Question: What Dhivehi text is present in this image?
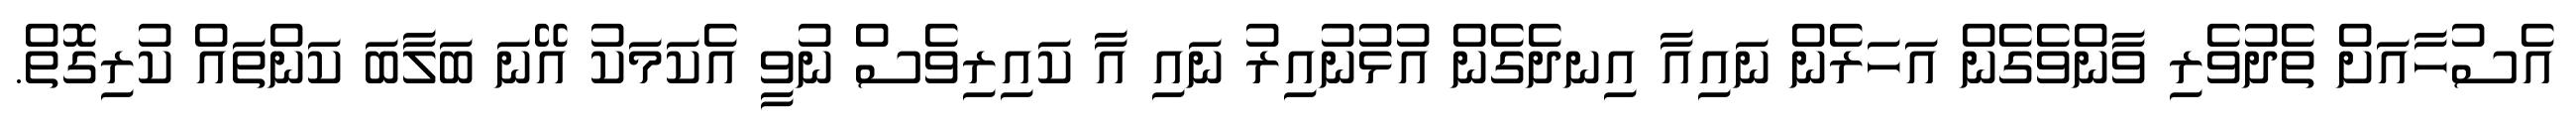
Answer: އެސުހާއަށް ތެދުވެރި ވާންވެގެން އަހަރެން ނައިއާ އިނދެގެން އުޅުނުއިރު ނައި އާ ކައިރިވެސް ނުވީ އެކަމަކު އޭނަ ބަލާބަ ކަންތައް ކުރިގޮތް.